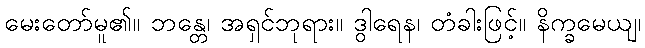
မေးတော်မူ၏။ ဘန္တေ၊ အရှင်ဘုရား။ ဒွါရေန၊ တံခါးဖြင့်။ နိက္ခမေယျ၊